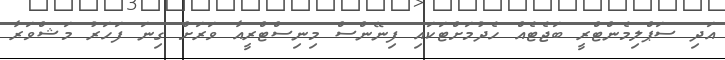
އަދި ސަޕްލިމެންޓްރީ ބަޖެޓެއް ހެދުމަށްޓަކައި ފިނޭންސް މިނިސްޓްރީއާ ވަރަށް ގިނަ ފަހަރު މަޝްވަރާ